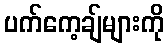
ပက်ကေ့ချ်များကို